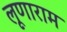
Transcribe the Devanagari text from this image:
लूणाराम